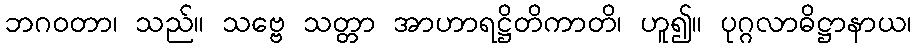
ဘဂဝတာ၊ သည်။ သဗ္ဗေ သတ္တာ အာဟာရဋ္ဌိတိကာတိ၊ ဟူ၍။ ပုဂ္ဂလာဓိဋ္ဌာနာယ၊